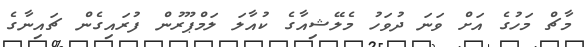
މާޗް މަހުގެ އަށް ވަނަ ދުވަހު މެލޭޝިއާގެ ކުއާލަ ލަމްޕޫރުން ފުރައިގެން ޗައިނާގެ